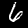
Label: 6